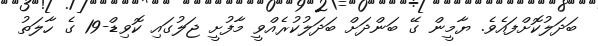
ބަދަލުކޮށްފައެވެ. ޔާމީން ގޭ ބަންދަށް ބަދަލުކުރެއްވީ މާފުށީ ޖަލުގައި ކޮވިޑް-19 ގެ ހާލަތު